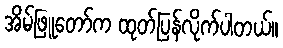
အိမ်ဖြူတော်က ထုတ်ပြန်လိုက်ပါတယ်။